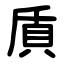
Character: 貭